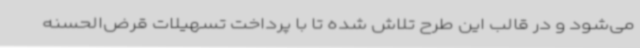
می‌شود و در قالب این طرح تلاش شده تا با پرداخت تسهیلات قرض‌الحسنه